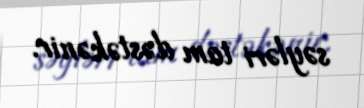
səyləri tam dəstəkənir.